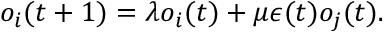
o _ { i } ( t + 1 ) = \lambda o _ { i } ( t ) + \mu \epsilon ( t ) o _ { j } ( t ) .